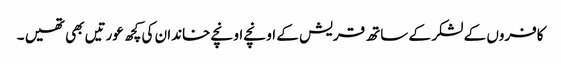
کافروں کے لشکر کے ساتھ قریش کے اونچے اونچے خاندان کی کچھ عورتیں بھی تھیں ۔